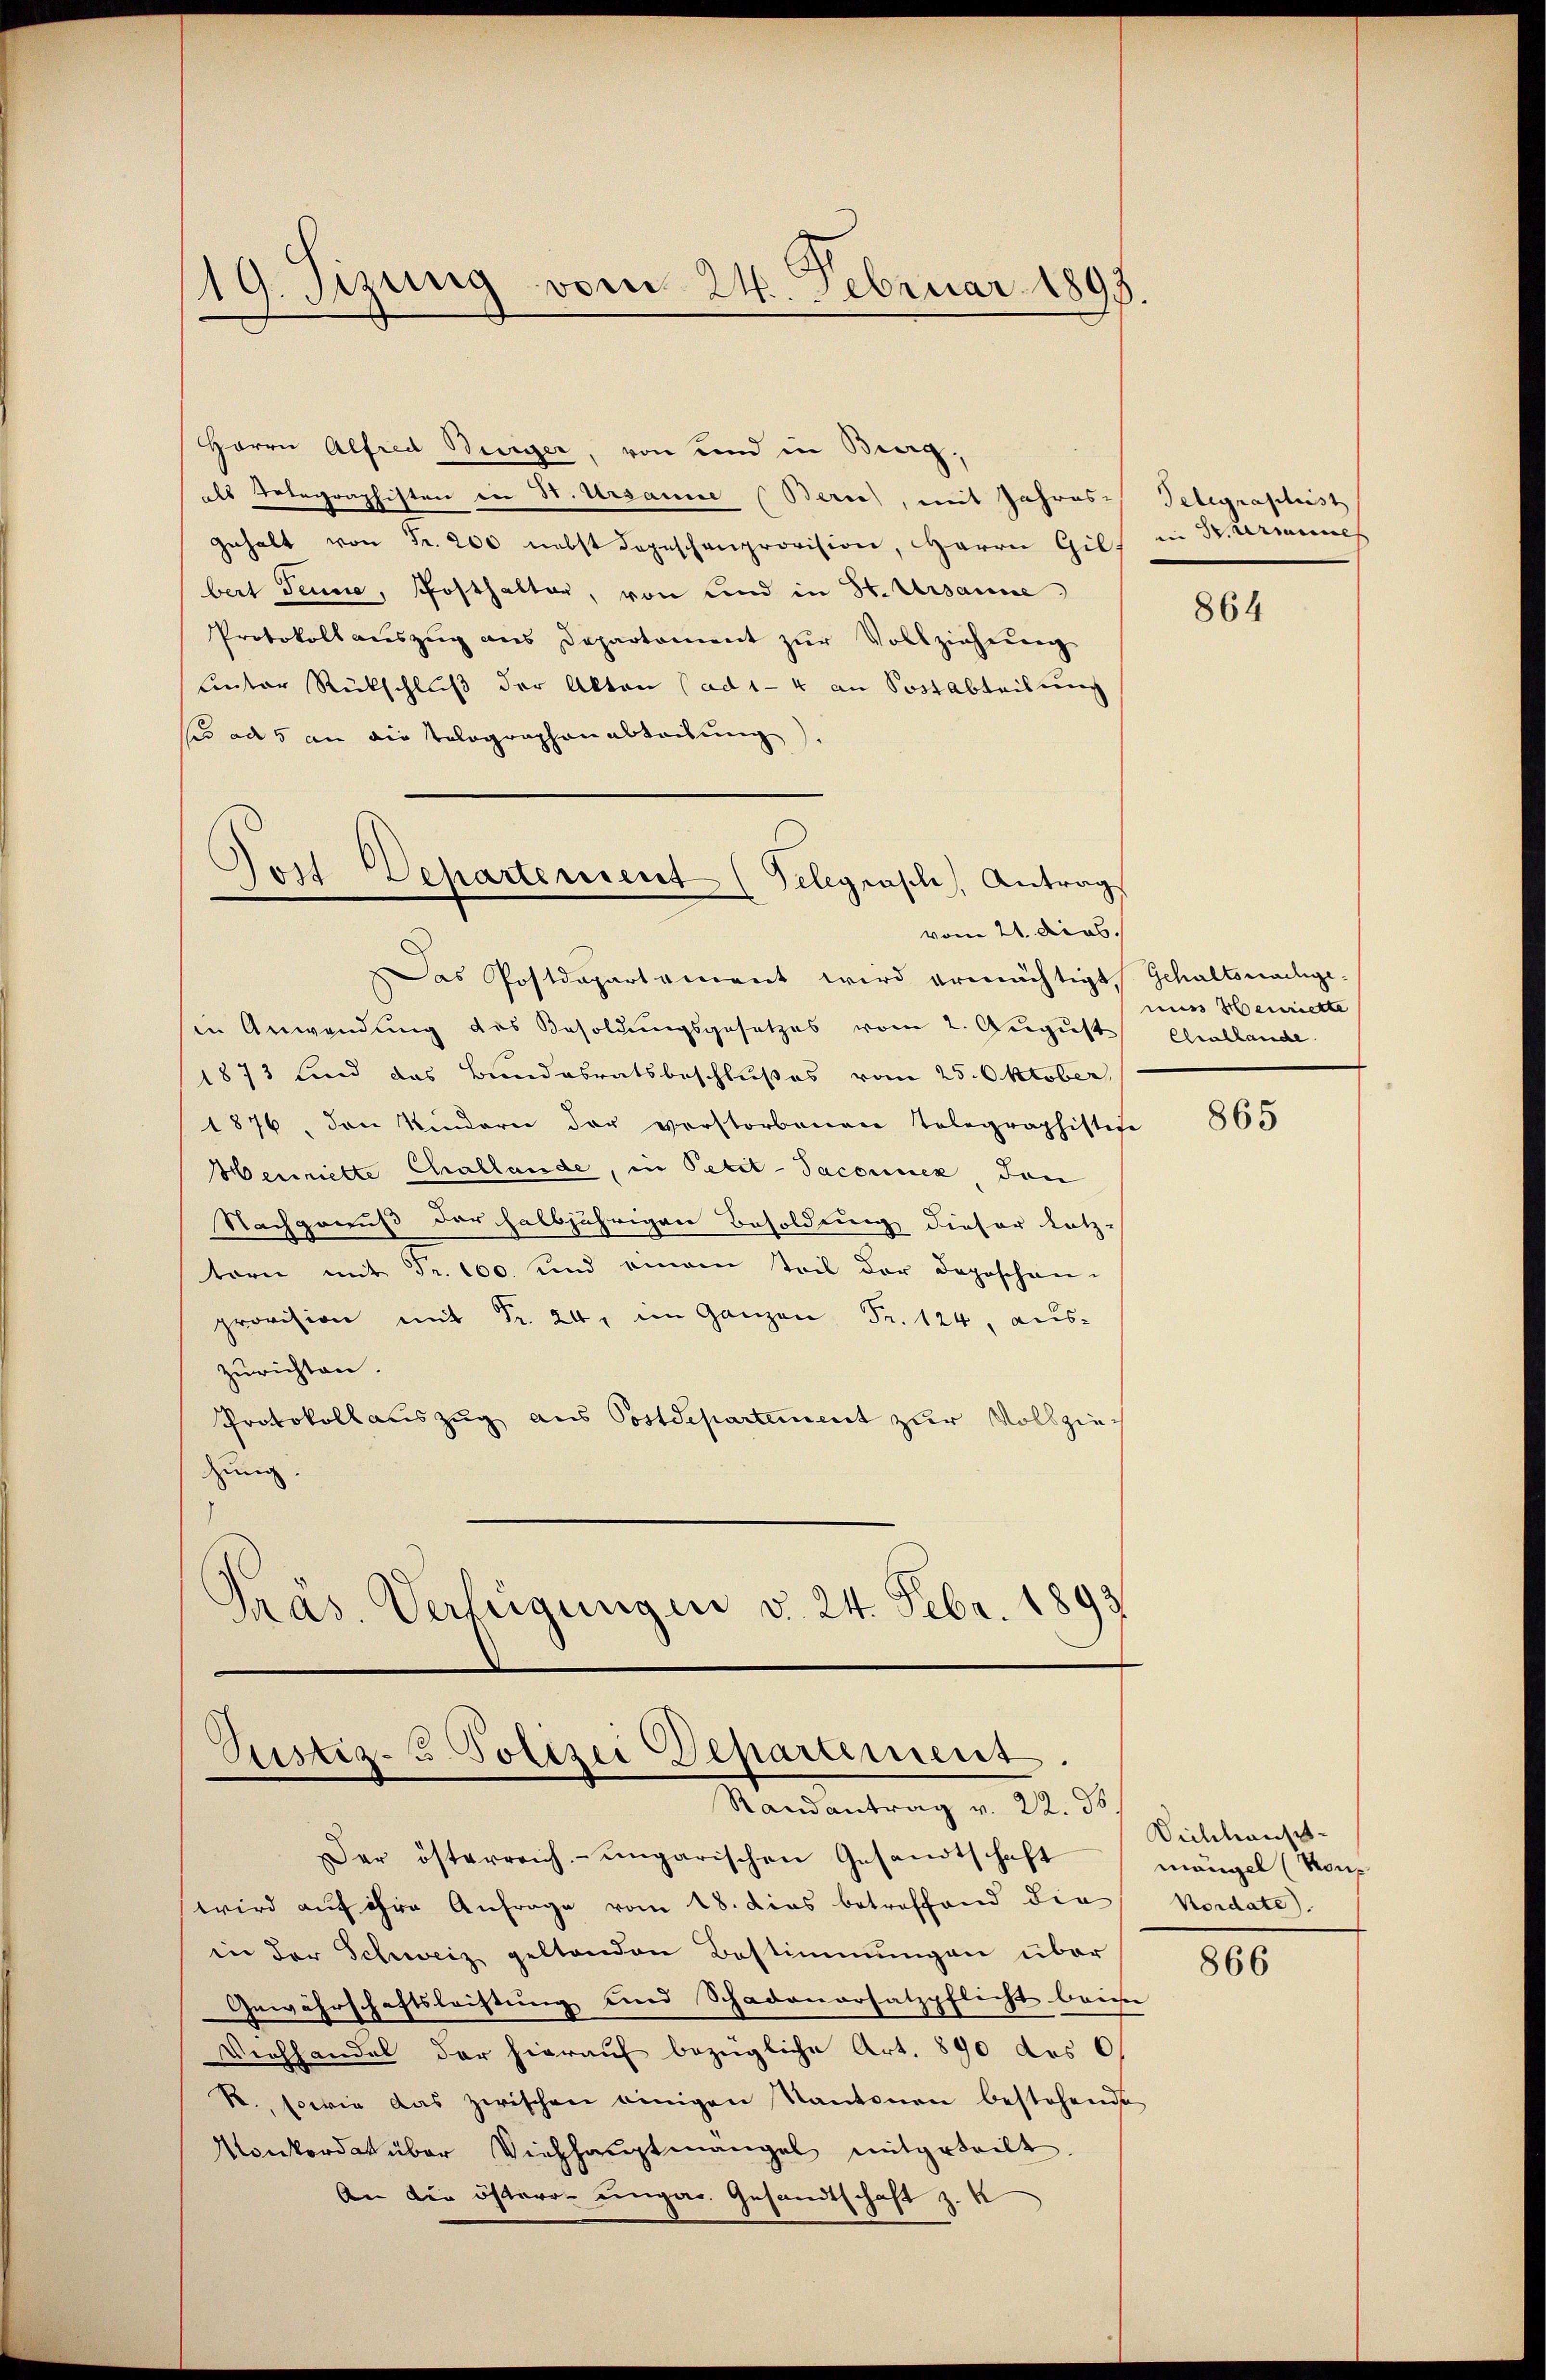
119. Sizung vom 24. Februar 1895.

Herrn Alfred Burger, von und in Burg,
als Telegraphisten in St. Ursanne Zürich, mit Jahres-Telegrasleist
Gehalt von Fr. 200 nebst depeschenprovision, Herrn Gils in Parmines
bert Jenne, Posthalter, von und in St. Ursanne
Protokoll aŭszŭg ans Departement zŭr Vollziehŭng
Unter Rückschluß der Akten (ad 1-4 an Sostabteilung
sis ad 5 an die Tolographenabtribung)
in Anwendung des Besoldungsgesetzes vom 2. August
1873 sind das Bundesratsbeschlußes vom 25. Oktober
1876, den Kindern der verstorbenen Tolographistige
Henriette Challande, in Petit-Saconuez Jan
Nachgenuß der halbjährigen Besoldung dieser letz-
tern mit Fr. 100. und einem Teil der Doposchen
provision mit Fr. 24, im Ganzen Fr. 124, aus-
zurichten.
Protokollauszug aus Postdepartement zur Vollziedung.
s
Präs. Verfügungen d. 24. Febr. 1893

Jost Departement (Telegraph, Antrag
vom 21. ders.
Das Postdepartement wird ermächtigt, Gehaltsnachge¬

Justiz-C. Polizei Departement
Randantrag v. 22. ds.

Der österreich-ungarischen Gesandtschaft
wird auf ihre Anfrage vom 18. dies betreffend die
in der Schweiz geltenden Bestimmungen über
Gewährschaftsleistung und Schadenersatzpflicht beim
Viehhandel der hierauf bezügliche Art. 890 des 0
R., sowie das zwischen einigen Kantonen bestehende
Monkordat über Viehhauptmängel mitgeteilt.
An die österre ungar. Gesandtschaft z. K

864

muss Heinriette
Ershlande

865

Dichhaust-
mangel (Von
Nordate).

866